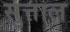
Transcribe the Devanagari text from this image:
सुत्ताल